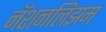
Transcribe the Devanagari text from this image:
नॅशनलिझम